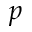
p